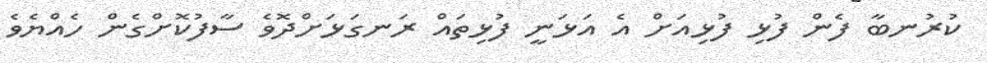
ކުރުނބާ ފެން ފުޅި ފުޅިއަށް އެ އަޅަނީ ފުޅިތައް ރަނގަޅަށްދޮވެ ސާފުކޮށްގެން ހެއްޔެވެ